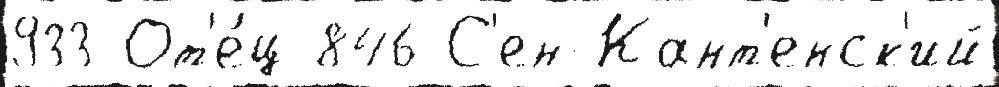
933 От'е́ц 846 С'ен-Кант'енск'ий